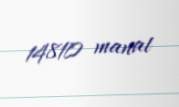
14810 manat